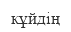
кұйдің